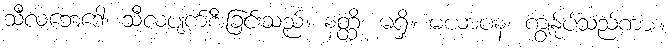
သီလဘေဒေါ၊ သီလပျက်စီးခြင်းသည်။ နတ္ထိ၊ မရှိ။ မယာပန၊ ကျွန်ုပ်သည်ကား။